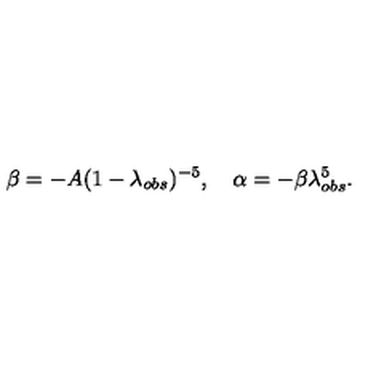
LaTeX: \beta = - A ( 1 - \lambda _ { o b s } ) ^ { - 5 } , \quad \alpha = - \beta \lambda _ { o b s } ^ { 5 } .